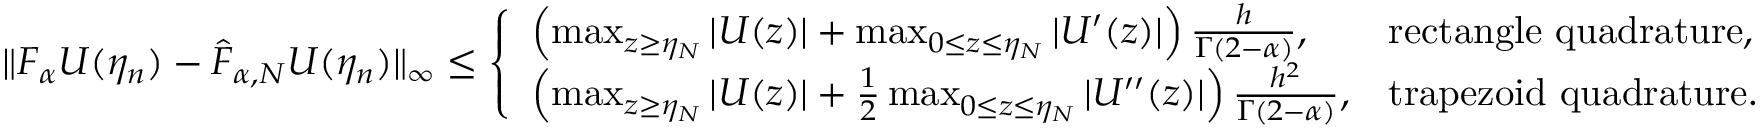
\| F _ { \alpha } U ( \eta _ { n } ) - \widehat { F } _ { \alpha , N } U ( \eta _ { n } ) \| _ { \infty } \leq \left\{ \begin{array} { l l } { \left( \operatorname* { m a x } _ { z \geq \eta _ { N } } | U ( z ) | + \operatorname* { m a x } _ { 0 \leq z \leq \eta _ { N } } | U ^ { \prime } ( z ) | \right) \frac { h } { \Gamma ( 2 - \alpha ) } , } & { \mathrm { r e c t a n g l e ~ q u a d r a t u r e } , } \\ { \left( \operatorname* { m a x } _ { z \geq \eta _ { N } } | U ( z ) | + \frac { 1 } { 2 } \operatorname* { m a x } _ { 0 \leq z \leq \eta _ { N } } | U ^ { \prime \prime } ( z ) | \right) \frac { h ^ { 2 } } { \Gamma ( 2 - \alpha ) } , } & { \mathrm { t r a p e z o i d ~ q u a d r a t u r e } . } \end{array} \right.